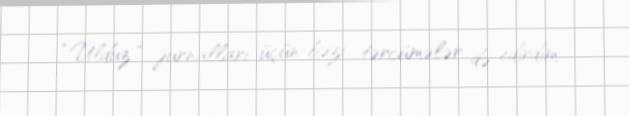
“Ulduz ” jurnalları üçün bəzi tərcümələr də edirdim.